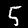
Digit: 5